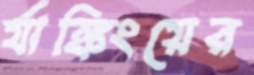
র‍্যাঙ্কিংয়ের